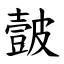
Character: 皼